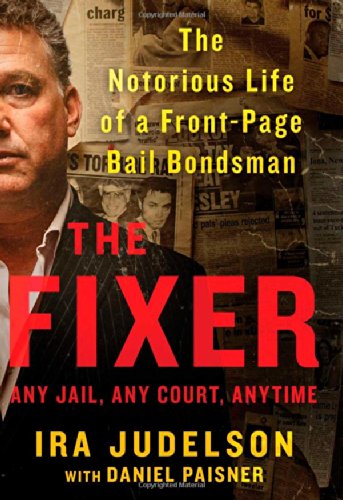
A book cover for The Fixer: The Notorious Life of a Front-Page Bail Bondsman; Ira Judelson; Biographies & Memoirs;